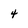
Character: 4